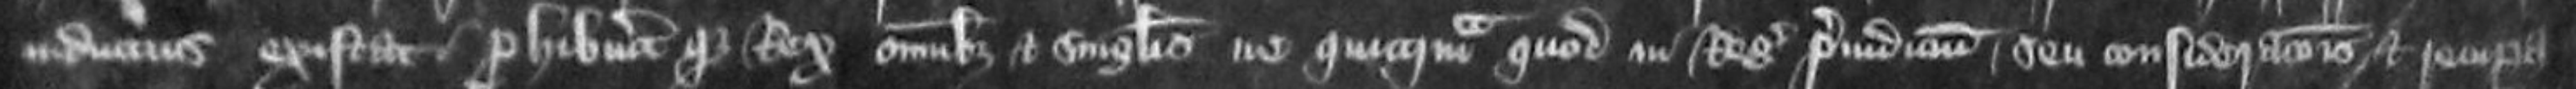
inductus existat prohibuitur que Rex omnibus et singulis ne quicquam quod in Regis preiudicium seu considerationis et recupera